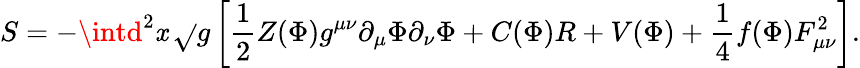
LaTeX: S=-\intd^{2}\mathit{x}\, \sqrt{}{{g}}\left[{\frac{{1}}{{2}}}Z(\Phi)g^{\mu\nu}\partial_{\mu}\Phi\partial_{\nu}\Phi+C(\Phi)R+V(\Phi)+\frac{{1}}{{4}}f(\Phi)F_{\mu\nu}^{2}\right].